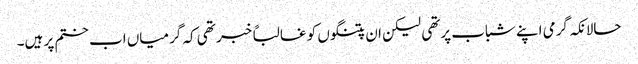
حالانکہ گرمی اپنے شباب پرتھی لیکن ان پتنگوں کو غالباً خبر تھی کہ گرمیاں اب ختم پر ہیں۔